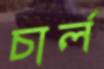
চার্ল